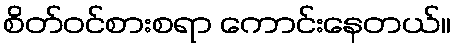
စိတ်ဝင်စားစရာ ကောင်းနေတယ်။